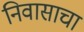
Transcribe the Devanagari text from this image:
निवासाचा